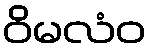
ဝိမလံဝ